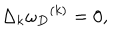
\Delta _ { k } { \omega _ { D } } ^ { ( k ) } = 0 ,